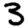
Digit: 3